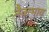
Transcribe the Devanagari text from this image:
नैकभाव